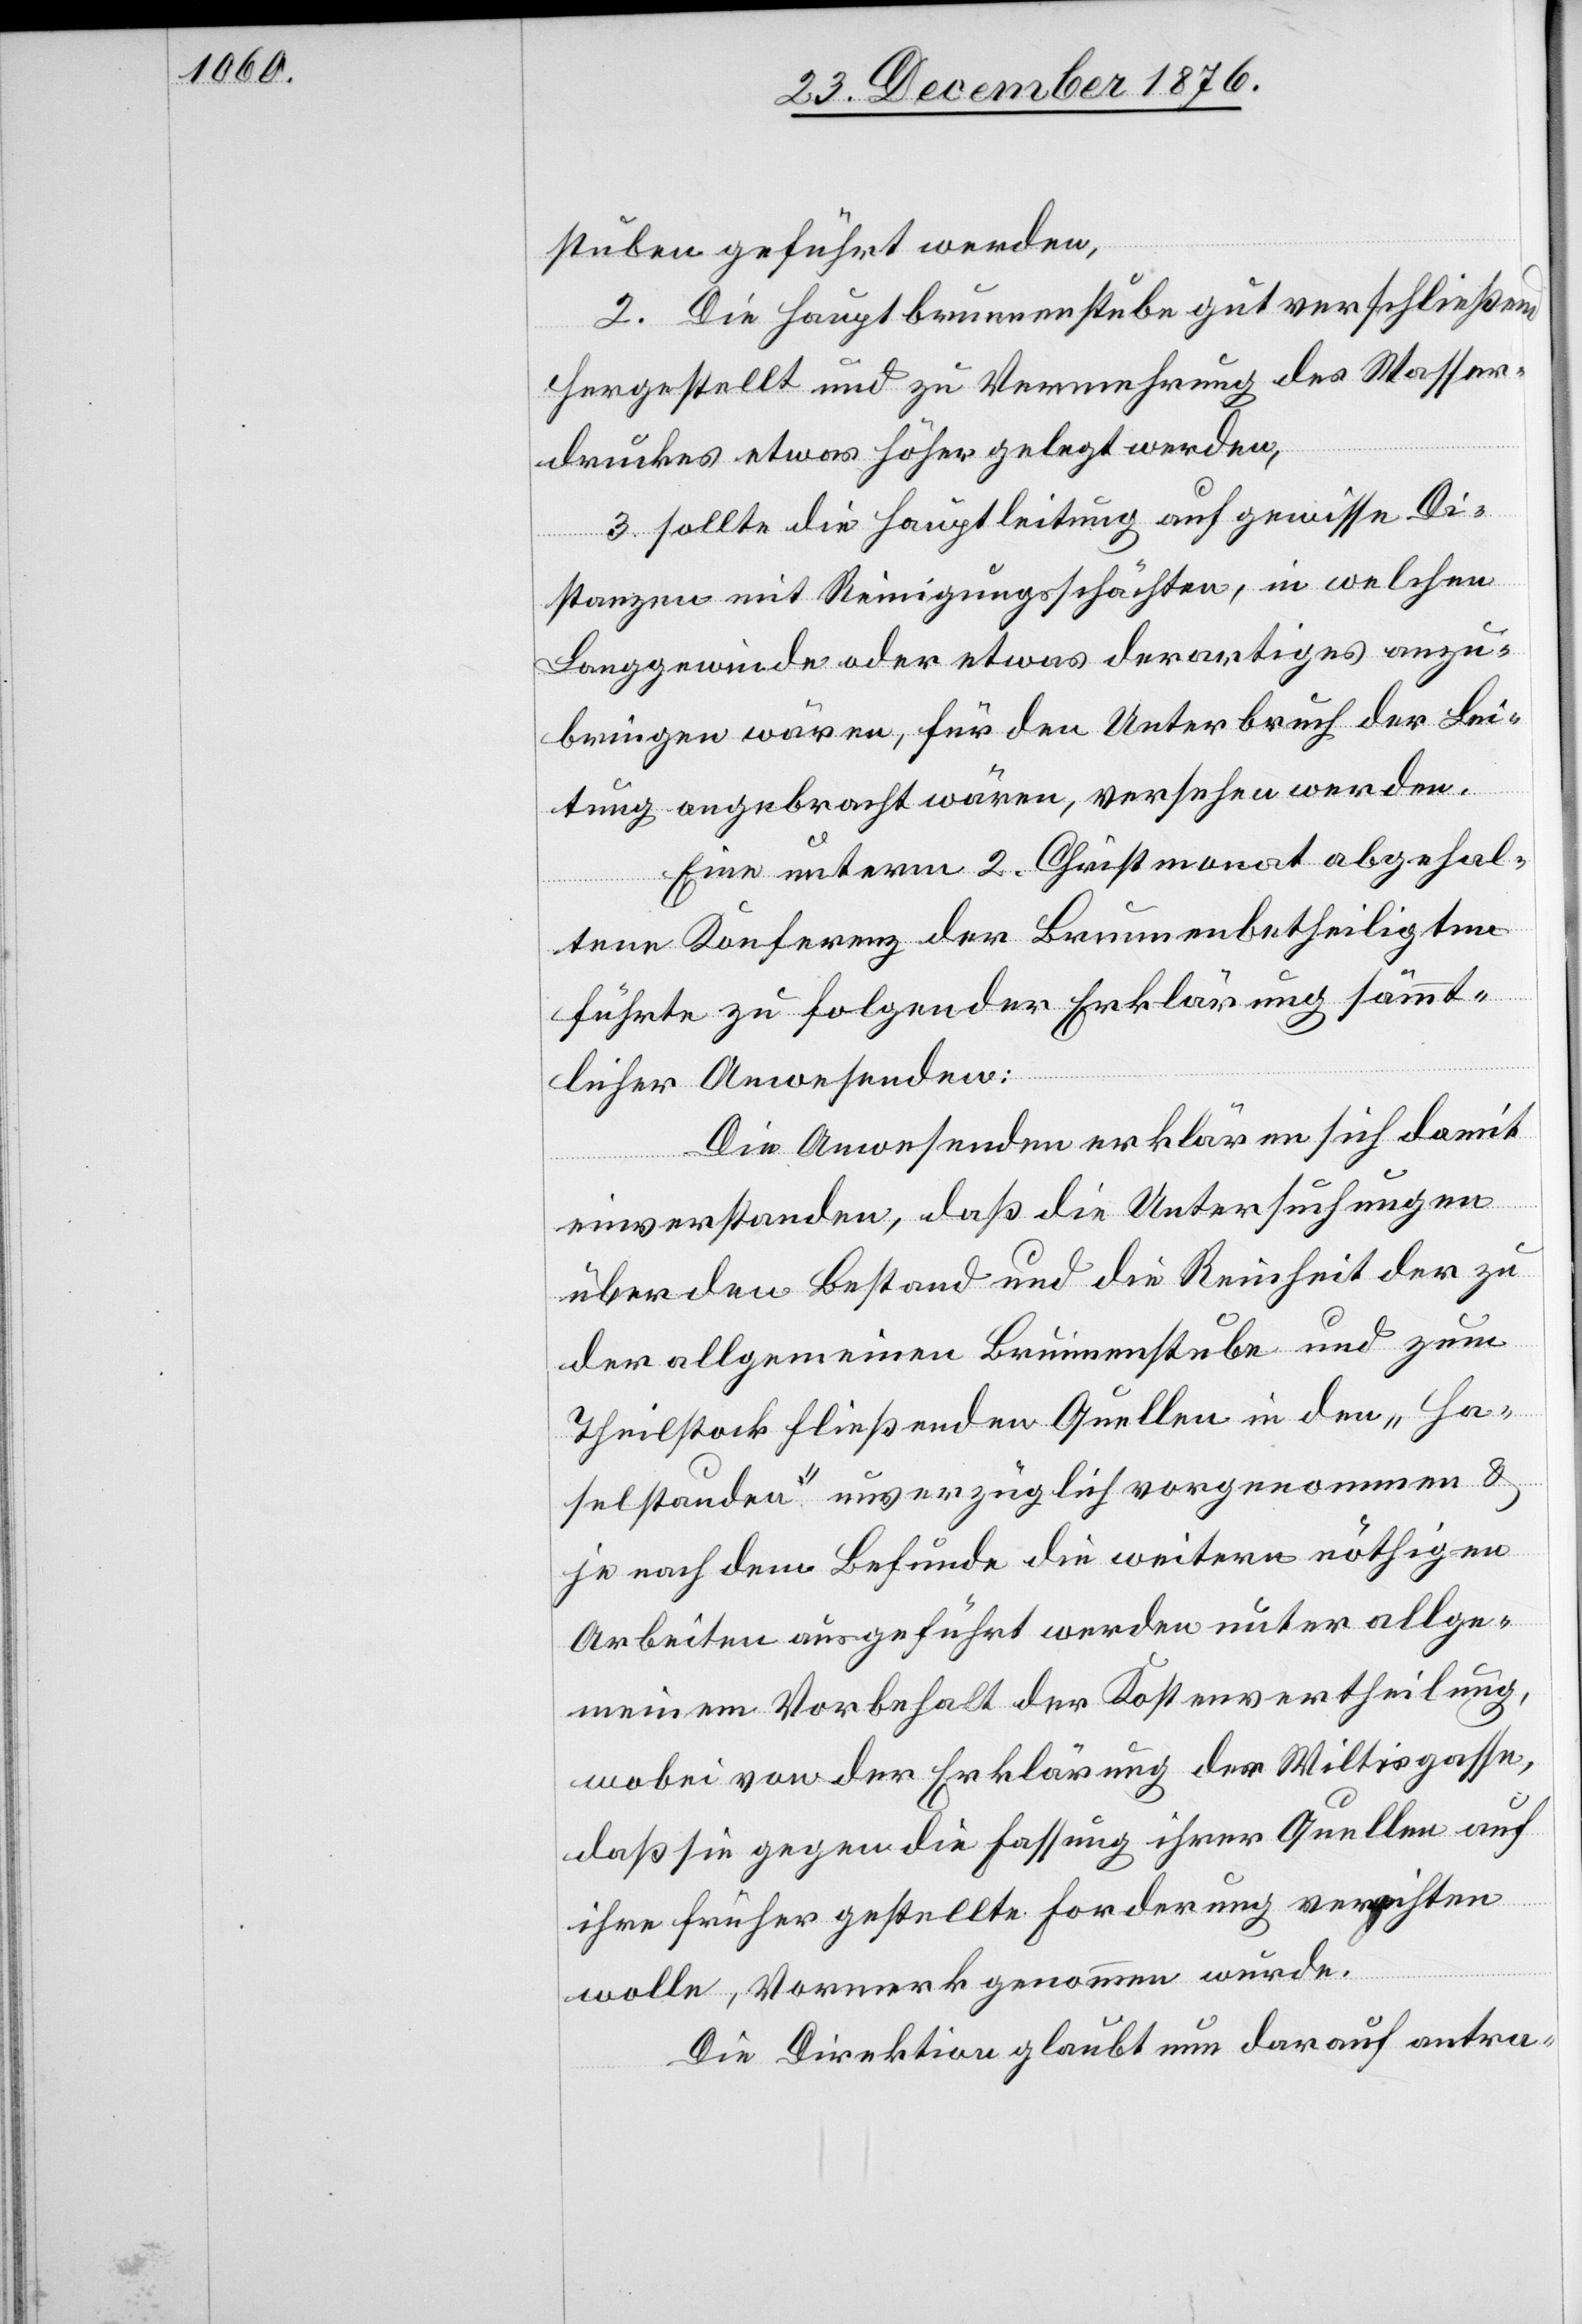
stuben geführt werden,
2. Die Hauptbrunnenstube gut verschließend
hergestellt und zu Vermehrung des Wasser¬
druckes etwas höher gelegt werden,
3. sollte die Hauptleitung auf gewisse Di¬
stanzen mit Reinigungsschächten, in welchen
Langgewinde oder etwas derartiges anzu¬
bringen wären, für den Unterbruch der Lei¬
tung angebracht wären, versehen werden.
Eine unterm 2. Christmonat abgehal¬
tene Konferenz der Brunnenbetheiligten
führte zu folgender Erklärung sämmt¬
licher Anwesenden:
Die Anwesenden erklären sich damit
einverstanden, daß die Untersuchungen
über den Bestand und die Reinheit der zu
der allgemeinen Brunnenstube und zum
Theilstock fließenden Quellen in den „Ha¬
selstauden“ unverzüglich vorgenommen &
je nach dem Befunde die weitern nöthigen
Arbeiten ausgeführt werden unter allge¬
meinem Vorbehalt der Kostenvertheilung,
wobei von der Erklärung der Wiltisgasse,
daß sie gegen die Fassung ihrer Quellen auf
ihre früher gestellte Forderung verzichten
wolle, Vormerk genommen wurde
Die Direktion glaubt nun darauf antra-